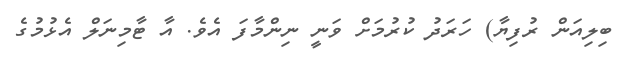
ބިލިއަން ރުފިޔާ) ހަރަދު ކުރުމަށް ވަނީ ނިންމާފަ އެވެ. އާ ޓާމިނަލް އެޅުމުގެ